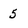
Character: 5